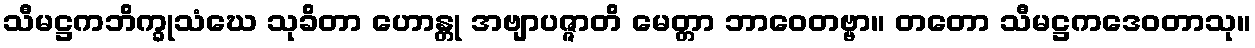
သီမဋ္ဌကဘိက္ခုသံဃေ သုခိတာ ဟောန္တု အဗျာပဇ္ဇာတိ မေတ္တာ ဘာဝေတဗ္ဗာ။ တတော သီမဋ္ဌကဒေဝတာသု။